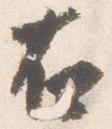
右